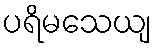
ပရိမသေယျ